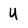
Character: U